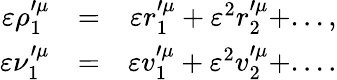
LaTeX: \begin{array}{rlr}{\varepsilon\rho_{1}^{\prime\mu}}&{=}&{\varepsilon r_{1}^{\prime\mu}+\varepsilon^{2}r_{2}^{\prime\mu}+...,}\\ {\varepsilon\nu_{1}^{\prime\mu}}&{=}&{\varepsilon v_{1}^{\prime\mu}+\varepsilon^{2}v_{2}^{\prime\mu}+....}\end{array}